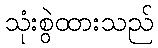
သုံးစွဲထားသည်